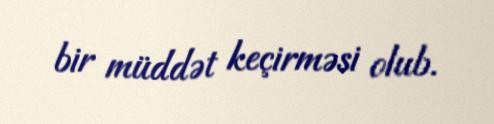
bir müddət keçirməsi olub.